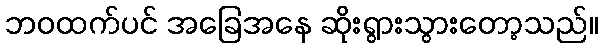
ဘဝထက်ပင် အခြေအနေ ဆိုးရွားသွားတော့သည်။